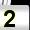
Digit: 2